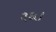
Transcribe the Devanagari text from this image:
२६।